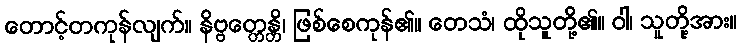
တောင့်တကုန်လျက်။ နိဗ္ဗတ္တေန္တိ၊ ဖြစ်စေကုန်၏။ တေသံ၊ ထိုသူတို့၏။ ဝါ၊ သူတို့အား။